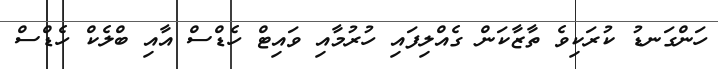
ހަންގަނޑު ކުރަކިވެ ތާޒާކަން ގެއްލިފައި ހުރުމާއި ވައިޓް ހެޑްސް އާއި ބްލެކް ހެޑްސް